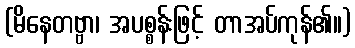
(မိနေတဗ္ဗာ၊ အပစ္စန်းဖြင့် တာအပ်ကုန်၏။)